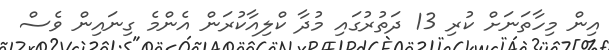
އިން މިހާތަނަށް ކުރި 13 ދަތުރުގައި މުދާ ކްލިއާކުރަން އެންމެ ގިނައިން ވެސް